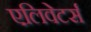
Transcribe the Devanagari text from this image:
एलिवेटर्स